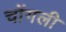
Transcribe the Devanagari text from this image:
चोंगली